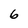
Character: 6